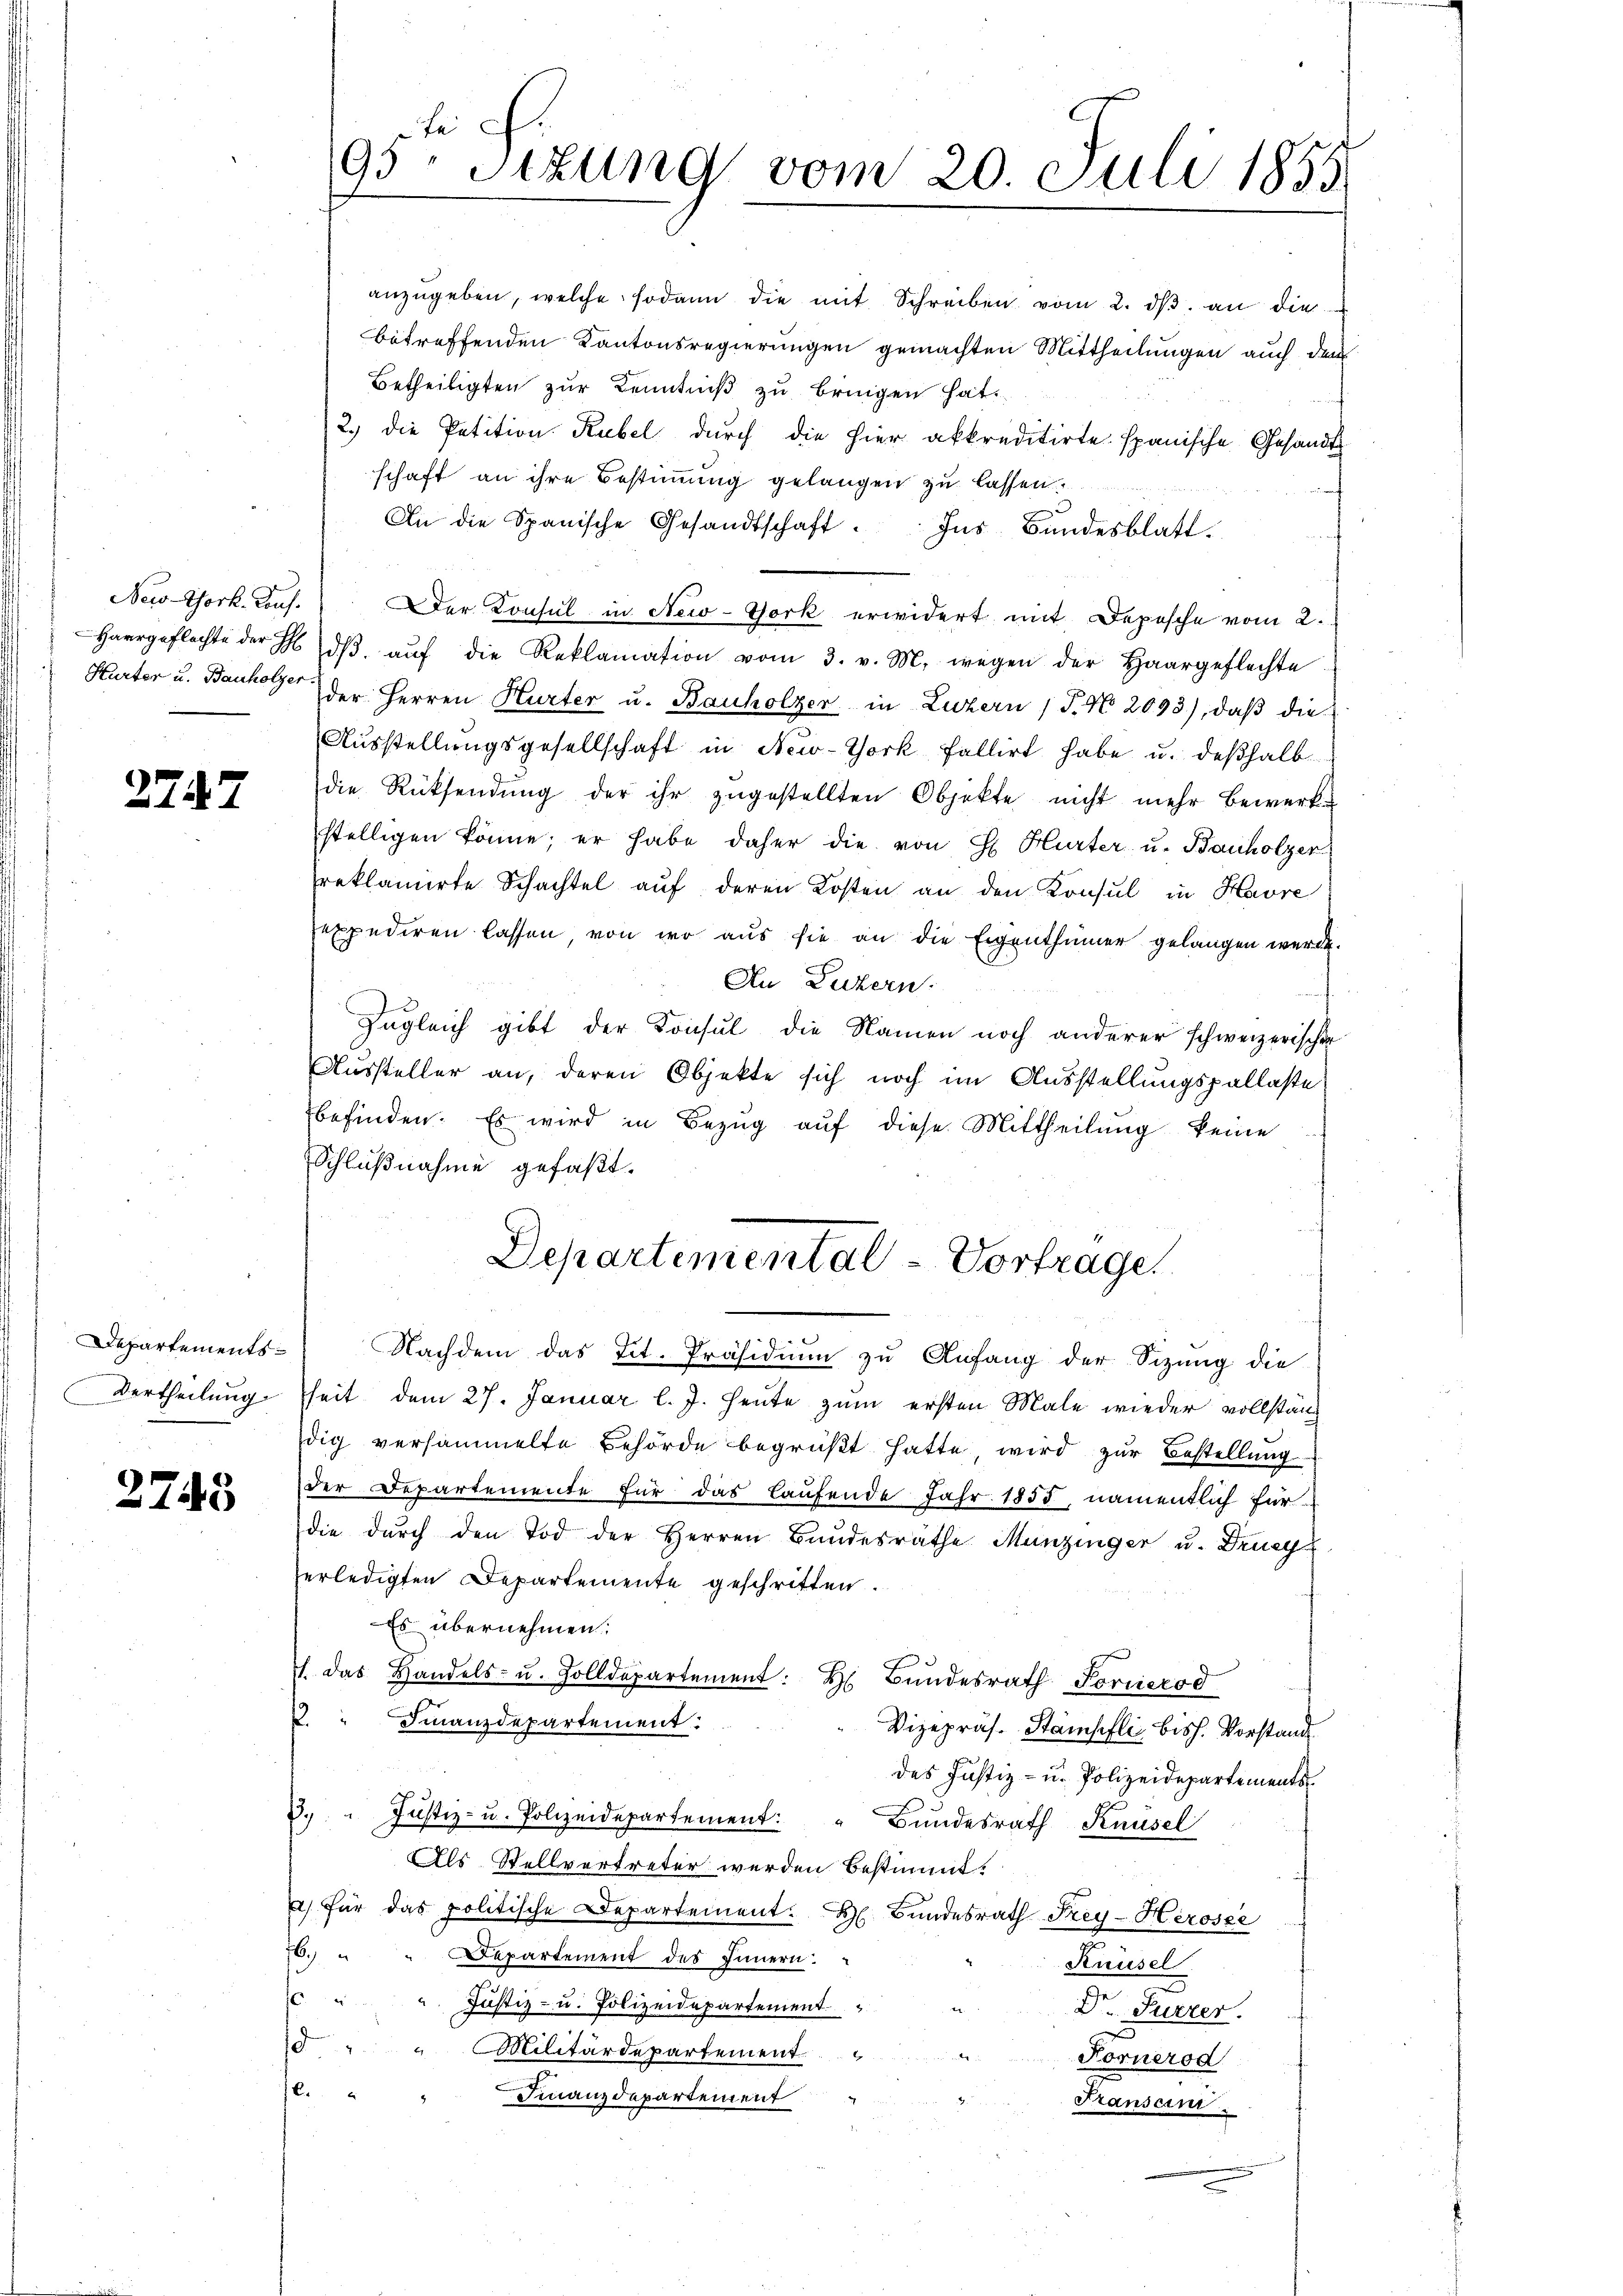
2747

Vertheilung

2748

schaft an ihre Bestimmung gelangen zu lassen.
An die Spanische Gesandtschaft. Ins Bŭndesblatt.
New-York. Kons. Der Konsul in New-York erwidert mit Depesche vom 2.
Harrgeflechte der H. dβ aŭf die Reklamation vom 3. v. M. wegen der Haargeflechte
Hurter u. Bauholer der Herren Hurter u. Bauholzer in Luzern (T. N. 2093), daß die
Ausstellungsgesellschaft in New-York fallirt habe u. deßhalb
die Rücksendung der ihr zugestellten Objekte nicht mehr Bewerkstelligen könne; er habe daher die von H. Hurter u. Bauholzer
preklamirte Schachtel auf deren Kosten an den Konsul in Havre
expediren lassen, von wo aus sie an die Eigenthümer gelangen werde.
An Luzern.
Zugleich gibt der Konsul die Namen noch anderer schweizerischen
Aussteller an, deren Objekte sich noch im Ausstellungspallaste
befinden. Es wird in Bezŭg aŭf diese Mittheilŭng keine
Schlußnahme gefaßt.
Departemental - Vortrage
Departements Nachdem das Tit. Präsidium zu Anfang der Sizung die
heit dem 27. Januar l. J. Heute zum ersten Male wieder vollständig versammelte Behörde begrüβt hatte wird zŭr Bestellung
der Departemente für das laufende Jahr 1855, namentlich für
die dŭrch den Tod der Herren Bundesräthe Munzinger u. Deneg
erledigten Departemente geschritten.
Es übernehmen:
. das Handels- u. Zolldepartement: H Bŭndesrath Fornierod
P. " Finanzdepartement:
Vizepräs. Stampfli, bish. Vorstand
des Justiz- u. Polizeidepartements
3. " Jŭstiz- u. Polizeidepartement: " Bŭndesrath Knüsel
Als Stellvertreter werden bestimmt.
a) für das politische Departement. H. Bŭndesrath Frey-Herosee
16.
Departement des Innern:
Knüsel
6 " " Justiz- u. Polizeidepartement
Dr. Furrer.
d
ug
Militärdepartement
Fornerod
C.
Finanzdepartement
Franscini

te
95 Stzung vom 20. Juli 1855

anzŭgeben, welche sodann die mit Schreiben vom 2. dβ an die
betreffenden Kantonsregierungen gemachten Mittheilungen auch den
Betheiligten zur Kenntniß zu bringen hat.
2.) die Petition Rubel durch die hier akkreditirte spanische Gesandt